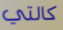
كالتي